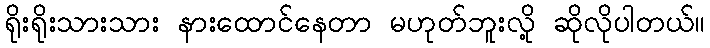
ရိုးရိုးသားသား နားထောင်နေတာ မဟုတ်ဘူးလို့ ဆိုလိုပါတယ်။